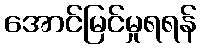
အောင်မြင်မှုရရန်